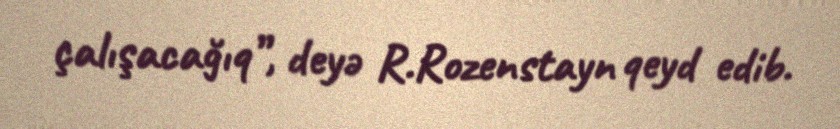
çalışacağıq”, deyə R.Rozenstayn qeyd edib.